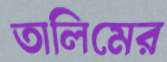
তালিমের